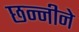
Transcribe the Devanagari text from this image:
छन्नीने